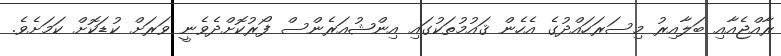
ރާއްޖެއާއި ބަލާއިރު މިސަރަހައްދުގެ އެހެން ޤައުމުތަކުގައި އިންޝުއަރެންސް ފޯރުކޮށްދެވެނީ ވަރަށް ކުޑަކޮށް ކަމަށެވެ.